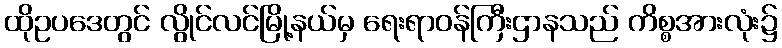
ထိုဥပဒေတွင် လွိုင်လင်မြို့နယ်မှ ရေးရာဝန်ကြီးဌာနသည် ကိစ္စအားလုံး၌